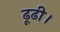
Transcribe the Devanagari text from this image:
ढूढी।